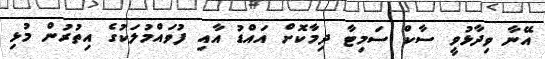
އޭނާ ވިދާޅުވީ ސާކް ސަމިޓާ ދިމާކޮށް އައްޑު އާއި ފުވައްމުލަކުގެ އިތުރުން މުޅި